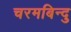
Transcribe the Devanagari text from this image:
चरमबिन्दु